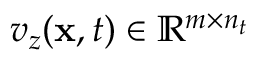
v _ { z } ( \mathbf { x } , t ) \in \mathbb { R } ^ { m \times n _ { t } }